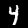
Digit: 4